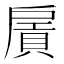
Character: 𢩛